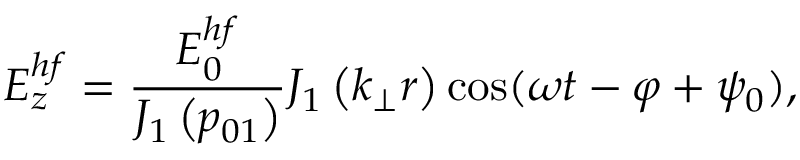
E _ { z } ^ { h f } = \frac { E _ { 0 } ^ { h f } } { J _ { 1 } \left( p _ { 0 1 } \right) } J _ { 1 } \left( k _ { \perp } r \right) \cos ( \omega t - \varphi + \psi _ { 0 } ) ,